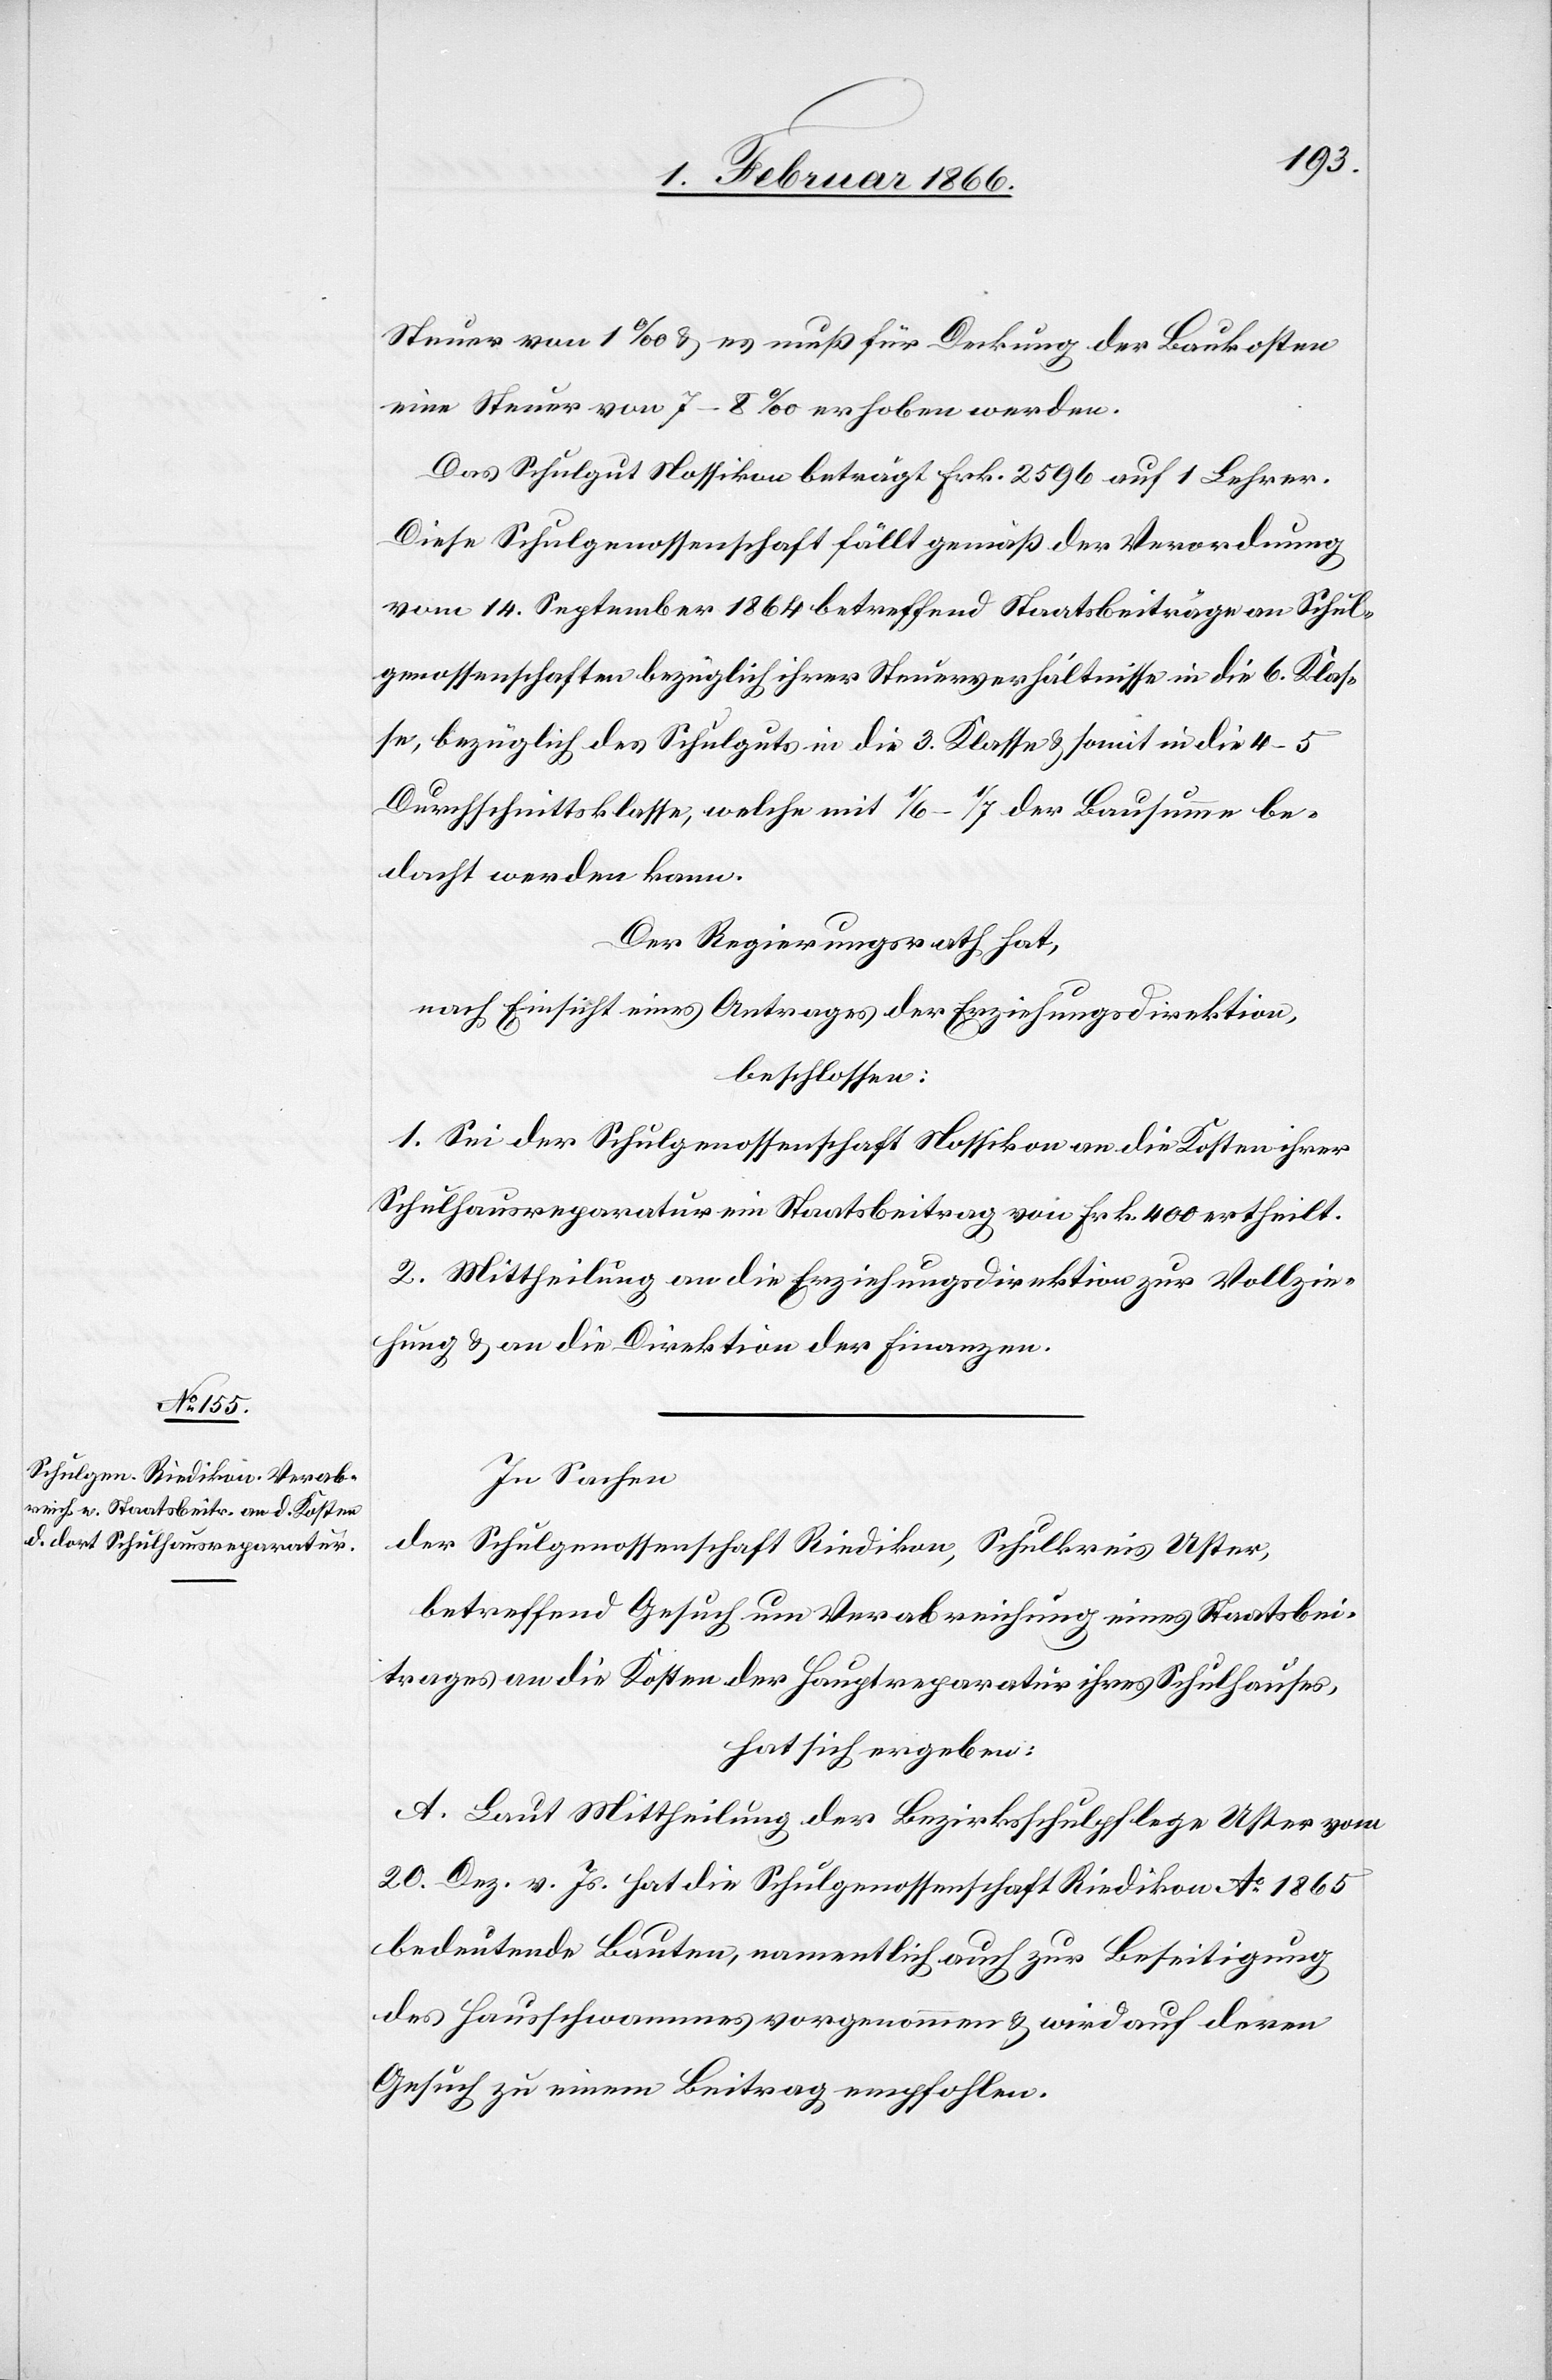
Steuer von 1 ‰ u. es muß für Deckung der Baukosten
eine Steuer von 7–8 ‰ erhoben werden.
Das Schulgut Nossikon beträgt Frk. 2596 auf 1 Lehrer.
Diese Schulgenossenschaft fällt gemäß der Verordnung
vom 14. September 1864 betreffend Staatsbeiträge an Schul¬
genossenschaften bezüglich ihrer Steuerverhältnisse in die 6. Klas¬
se, bezüglich des Schulguts in die 3. Klasse u. somit in die 4–5
Durchschnittsklasse, welche mit 1/6–1/7 der Bausumme be¬
dacht werden kann.
Der Regierungsrath hat,
nach Einsicht eines Antrages der Erziehungsdirektion,
beschlossen:
1. Sei der Schulgenossenschaft Nossikon an die Kosten ihrer
Schulhausreparatur ein Staatsbeitrag von Frk. 400 ertheilt.
2. Mittheilung an die Erziehungsdirektion zur Vollzie¬
hung u. an die Direktion der Finanzen.
In Sachen
der Schulgenossenschaft Riedikon, Schulkreis Uster,
betreffend Gesuch um Verabreichung eines Staatsbei¬
trages an die Kosten der Hauptreparatur ihres Schulhauses,
hat sich ergeben:
A. Laut Mittheilung der Bezirksschulpflege Uster vom
20. Dez. v. Js. hat die Schulgenossenschaft Riedikon Ao. 1865
bedeutende Bauten, namentlich auch zur Beseitigung
des Hausschwammes vorgenommen u. wird auf deren
Gesuch zu einem Beitrag empfohlen.